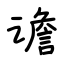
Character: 谵